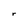
Character: r